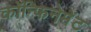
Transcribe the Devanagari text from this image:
कॉन्फिनेमेंट